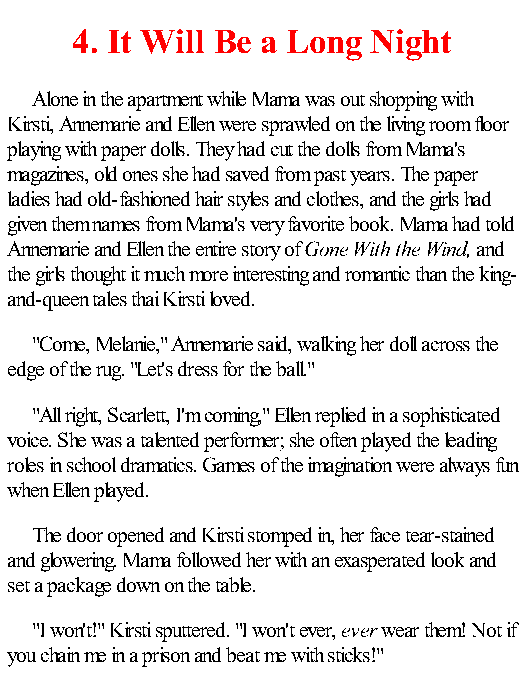
4. It Will Be a Long Night
 Alone in the apartment while Mama was out shopping with
 Kirsti, Annemarie and Ellen were sprawled on the living room floor
 playing with paper dolls. They had cut the dolls from Mama's
 magazines, old ones she had saved from past years. The paper
 ladies had old-fashioned hair styles and clothes, and the girls had
 given them names from Mama's very favorite book. Mama had told
 Annemarie and Ellen the entire story of Gone With the Wind, and
 the girls thought it much more interesting and romantic than the king-
 and-queen tales thai Kirsti loved.
 "Come, Melanie," Annemarie said, walking her doll across the
 edge of the rug. "Let's dress for the ball."
 "All right, Scarlett, I'm coming," Ellen replied in a sophisticated
 voice. She was a talented performer; she often played the leading
 roles in school dramatics. Games of the imagination were always fun
 when Ellen played.
 The door opened and Kirsti stomped in, her face tear-stained
 and glowering. Mama followed her with an exasperated look and
 set a package down on the table.
 "I won't!" Kirsti sputtered. "I won't ever, ever wear them! Not if
 you chain me in a prison and beat me with sticks!"